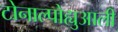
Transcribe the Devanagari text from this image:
टोनाल्पोह्युआली